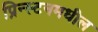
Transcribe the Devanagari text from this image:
प्रिन्स्टनमधील